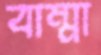
বাম্মা